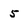
Character: 5